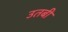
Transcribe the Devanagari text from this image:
उतबी